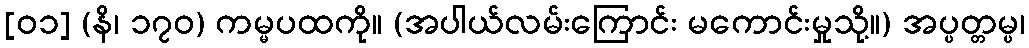
[၀၁] (နိ၊ ၁၇၀) ကမ္မပထကို။ (အပါယ်လမ်းကြောင်း မကောင်းမှုသို့။) အပ္ပတ္တမ္ပ၊